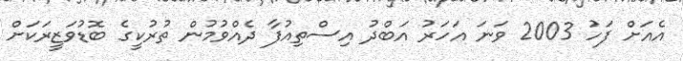
އެއަށް ފަހު 2003 ވަނަ އަހަރު އަބްދު އިސްތިއުފާ ދެއްވުމުން ތުރުކީގެ ބޮޑުވަޒީރަކަށް